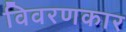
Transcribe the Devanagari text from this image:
विवरणकार